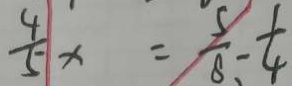
\frac { 4 } { 5 } x = \frac { 5 } { 8 } - \frac { 1 } { 4 }